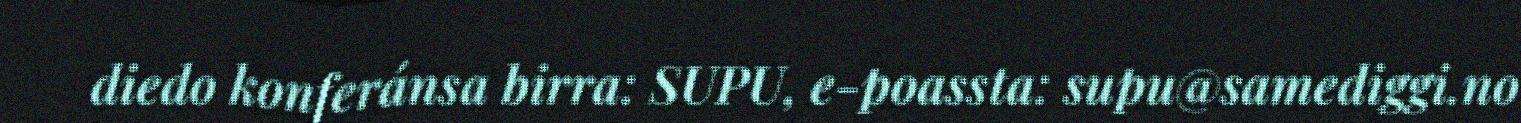
diedo konferánsa birra: SUPU, e-poassta: supu@samediggi.no